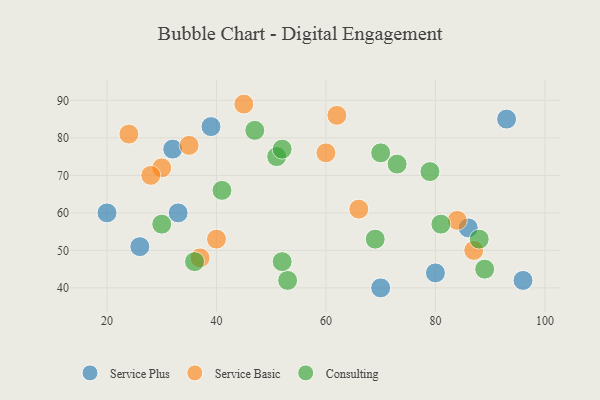
{"axis": {"x": "GDP", "y": "Life Expectancy"}, "legend": ["Consulting", "Service Basic", "Service Plus"], "data": [{"x": "32", "y": 77, "type": "Service Plus"}, {"x": "80", "y": 44, "type": "Service Plus"}, {"x": "70", "y": 40, "type": "Service Plus"}, {"x": "33", "y": 60, "type": "Service Plus"}, {"x": "93", "y": 85, "type": "Service Plus"}, {"x": "26", "y": 51, "type": "Service Plus"}, {"x": "20", "y": 60, "type": "Service Plus"}, {"x": "86", "y": 56, "type": "Service Plus"}, {"x": "96", "y": 42, "type": "Service Plus"}, {"x": "39", "y": 83, "type": "Service Plus"}, {"x": "45", "y": 89, "type": "Service Basic"}, {"x": "87", "y": 50, "type": "Service Basic"}, {"x": "24", "y": 81, "type": "Service Basic"}, {"x": "62", "y": 86, "type": "Service Basic"}, {"x": "66", "y": 61, "type": "Service Basic"}, {"x": "35", "y": 78, "type": "Service Basic"}, {"x": "30", "y": 72, "type": "Service Basic"}, {"x": "37", "y": 48, "type": "Service Basic"}, {"x": "28", "y": 70, "type": "Service Basic"}, {"x": "84", "y": 58, "type": "Service Basic"}, {"x": "60", "y": 76, "type": "Service Basic"}, {"x": "40", "y": 53, "type": "Service Basic"}, {"x": "81", "y": 57, "type": "Consulting"}, {"x": "69", "y": 53, "type": "Consulting"}, {"x": "70", "y": 76, "type": "Consulting"}, {"x": "53", "y": 42, "type": "Consulting"}, {"x": "52", "y": 47, "type": "Consulting"}, {"x": "73", "y": 73, "type": "Consulting"}, {"x": "51", "y": 75, "type": "Consulting"}, {"x": "47", "y": 82, "type": "Consulting"}, {"x": "41", "y": 66, "type": "Consulting"}, {"x": "89", "y": 45, "type": "Consulting"}, {"x": "30", "y": 57, "type": "Consulting"}, {"x": "79", "y": 71, "type": "Consulting"}, {"x": "36", "y": 47, "type": "Consulting"}, {"x": "88", "y": 53, "type": "Consulting"}, {"x": "52", "y": 77, "type": "Consulting"}]}